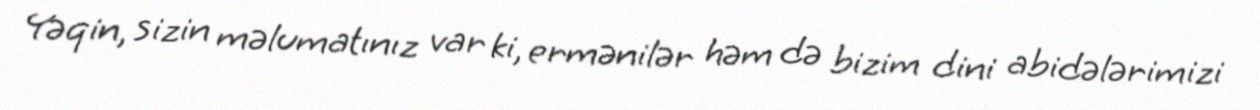
Yəqin, sizin məlumatınız var ki, ermənilər həm də bizim dini abidələrimizi